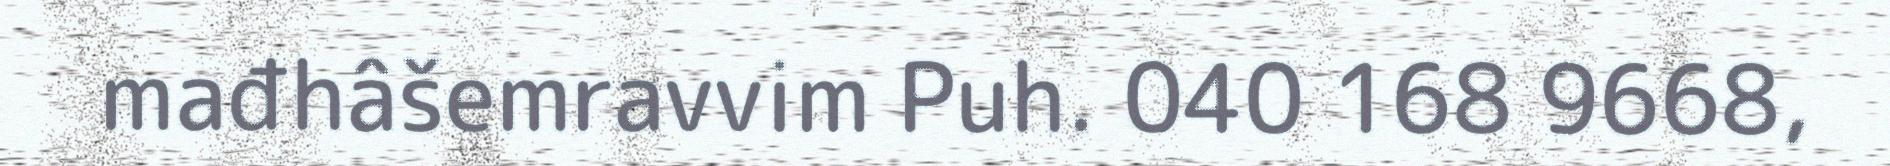
mađhâšemravvim Puh. 040 168 9668,